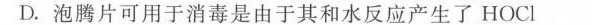
D.泡腾片可用于消毒是由于其和水反应产生了HOCl